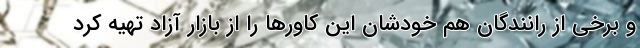
و برخی از رانندگان هم خودشان این کاورها را از بازار آزاد تهیه کرد